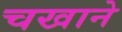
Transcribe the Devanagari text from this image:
चखाने